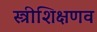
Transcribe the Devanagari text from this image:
स्त्रीशिक्षणव